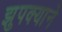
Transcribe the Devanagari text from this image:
झुपक्याने